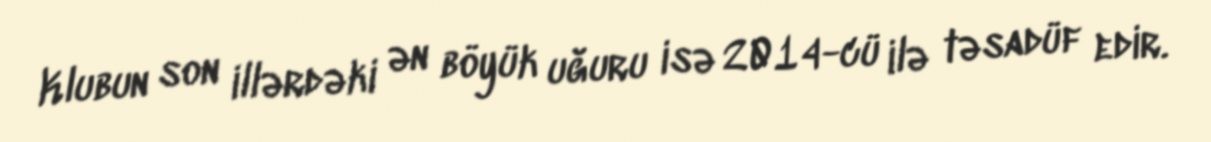
Klubun son illərdəki ən böyük uğuru isə 2014-cü ilə təsadüf edir.